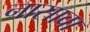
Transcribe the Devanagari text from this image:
नासावा